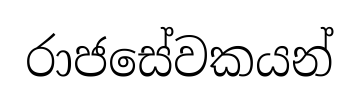
රාජසේවකයන්